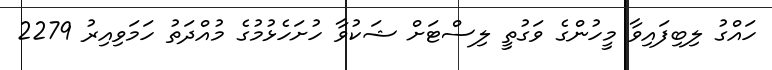
ހައްގު ލިބިފައިވާ މީހުންގެ ވަގުތީ ލިސްޓަށް ޝަކުވާ ހުށަހެޅުމުގެ މުއްދަތު ހަމަވިއިރު 2279